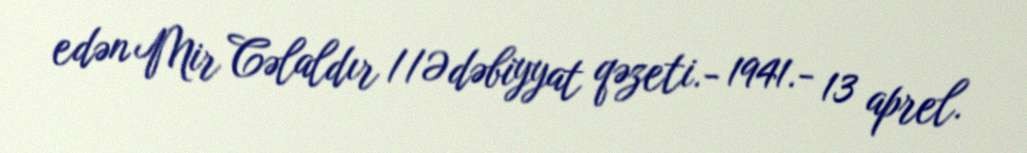
edən Mir Cəlaldır //Ədəbiyyat qəzeti.- 1941.- 13 aprel.